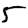
Digit: 5